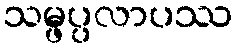
သမ္ဖပ္ပလာပဿ